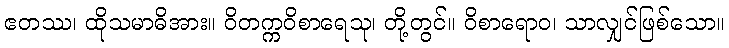
ဧတဿ၊ ထိုသမာဓိအား။ ဝိတက္ကဝိစာရေသု၊ တို့တွင်။ ဝိစာရောဝ၊ သာလျှင်ဖြစ်သော။